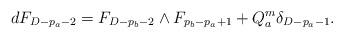
LaTeX: \begin{align*}dF_{D-p_a-2}=F_{D-p_b-2} \wedge F_{p_b-p_a+1} + Q^m_a \delta_{D-p_a-1}. \end{align*}